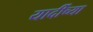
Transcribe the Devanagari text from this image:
यार्दींच्या